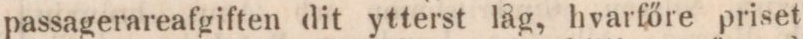
passagerareafgiften dit ytterst låg, hvarfőre priset